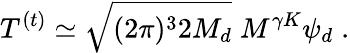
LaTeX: T^{(t)}\simeq\sqrt{(2\pi)^{3}2M_{d}}\; M^{\gamma K}\psi_{d}\; .